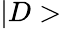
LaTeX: |D>